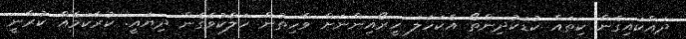
ދައްކައިގެން ކިތައް ކުޑަކުދިންތޯ އެކަހަލަ ހީރޯއިންނަށް ވާހިތުން ހަލާކުވެގެން ދިޔައީ. ކުރާކަމެއް ކުރާނީ